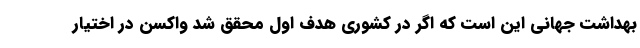
بهداشت جهانی این است که اگر در کشوری هدف اول محقق شد واکسن در اختیار